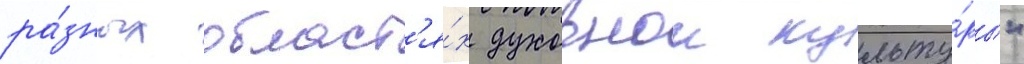
ра́зных област'я́х духовнои культу́ры"